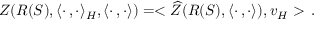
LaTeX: Z ( R ( S ) , \langle \cdot \, , \cdot \rangle _ { H } , \langle \cdot \, , \cdot \rangle ) = < \widehat { Z } ( R ( S ) , \langle \cdot \, , \cdot \rangle ) , v _ { H } > \, .